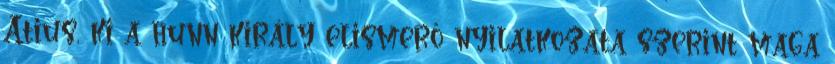
Atius, ki a hunn király elismerő nyilatkozata szerint maga